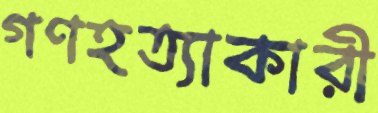
গণহত্যাকারী